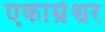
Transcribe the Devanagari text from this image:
एकाम्रेश्वर